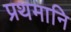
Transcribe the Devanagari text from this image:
प्रथमानि